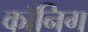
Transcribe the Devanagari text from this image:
कॉनिग